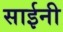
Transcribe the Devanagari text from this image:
साईनी